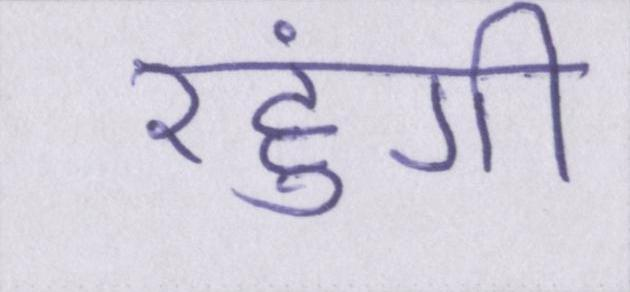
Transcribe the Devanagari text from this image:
रहुंगी